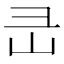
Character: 㞪